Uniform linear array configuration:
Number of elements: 32
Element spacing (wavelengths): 1
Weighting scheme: kaiser
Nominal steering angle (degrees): -15
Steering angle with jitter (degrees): -16.258
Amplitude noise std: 0.05
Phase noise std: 0.05

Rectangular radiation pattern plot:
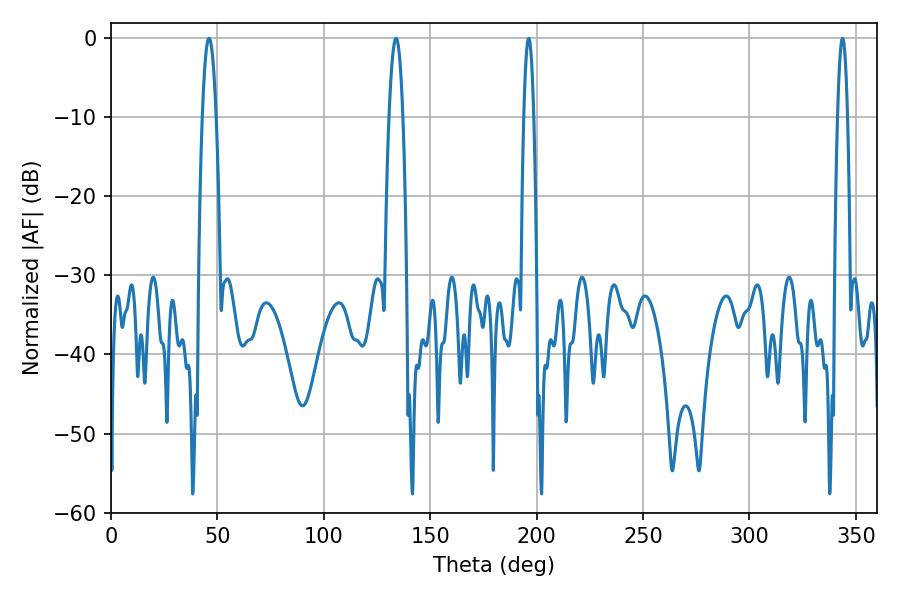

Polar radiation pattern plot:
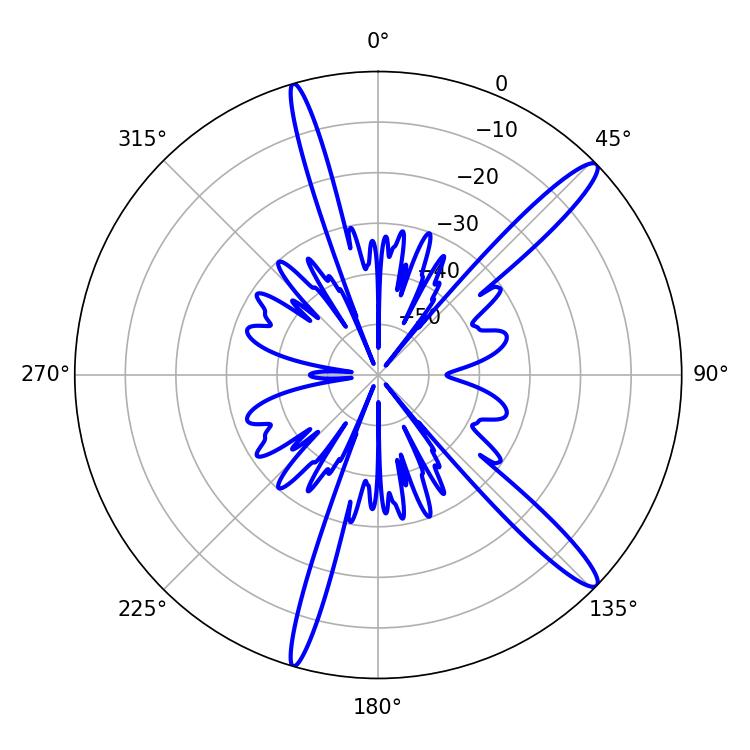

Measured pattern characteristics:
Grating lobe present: TRUE
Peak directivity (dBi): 14.542
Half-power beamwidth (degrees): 3.6
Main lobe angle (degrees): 46.08